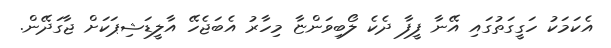
އެކަމަކު ހަގީގަތުގައި އޭނާ ފީފާ ދެކެ ލޯބިވަންޏާ މިހާރު އެބަޖެހޭ އާލީޑަޝިޕަކަށް ޖާގަދޭން.